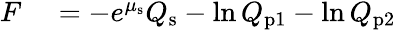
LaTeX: \begin{array}{rl}{F_{\mathrm{}}}&{{}=-e^{\mu_{\mathrm{s}}}Q_{\mathrm{s}}-\ln Q_{\mathrm{p}1}-\ln Q_{\mathrm{p}2}}\end{array}